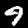
Digit: 9